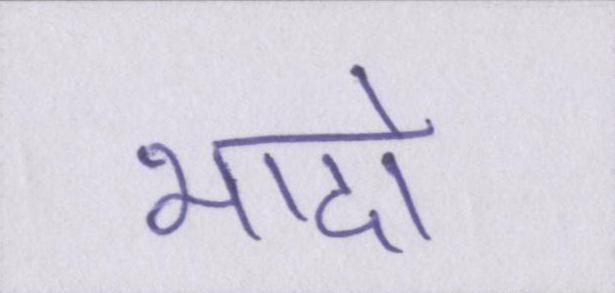
भादो